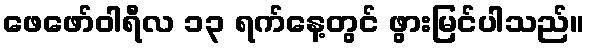
ဖေဖော်ဝါရီလ ၁၃ ရက်နေ့တွင် ဖွားမြင်ပါသည်။